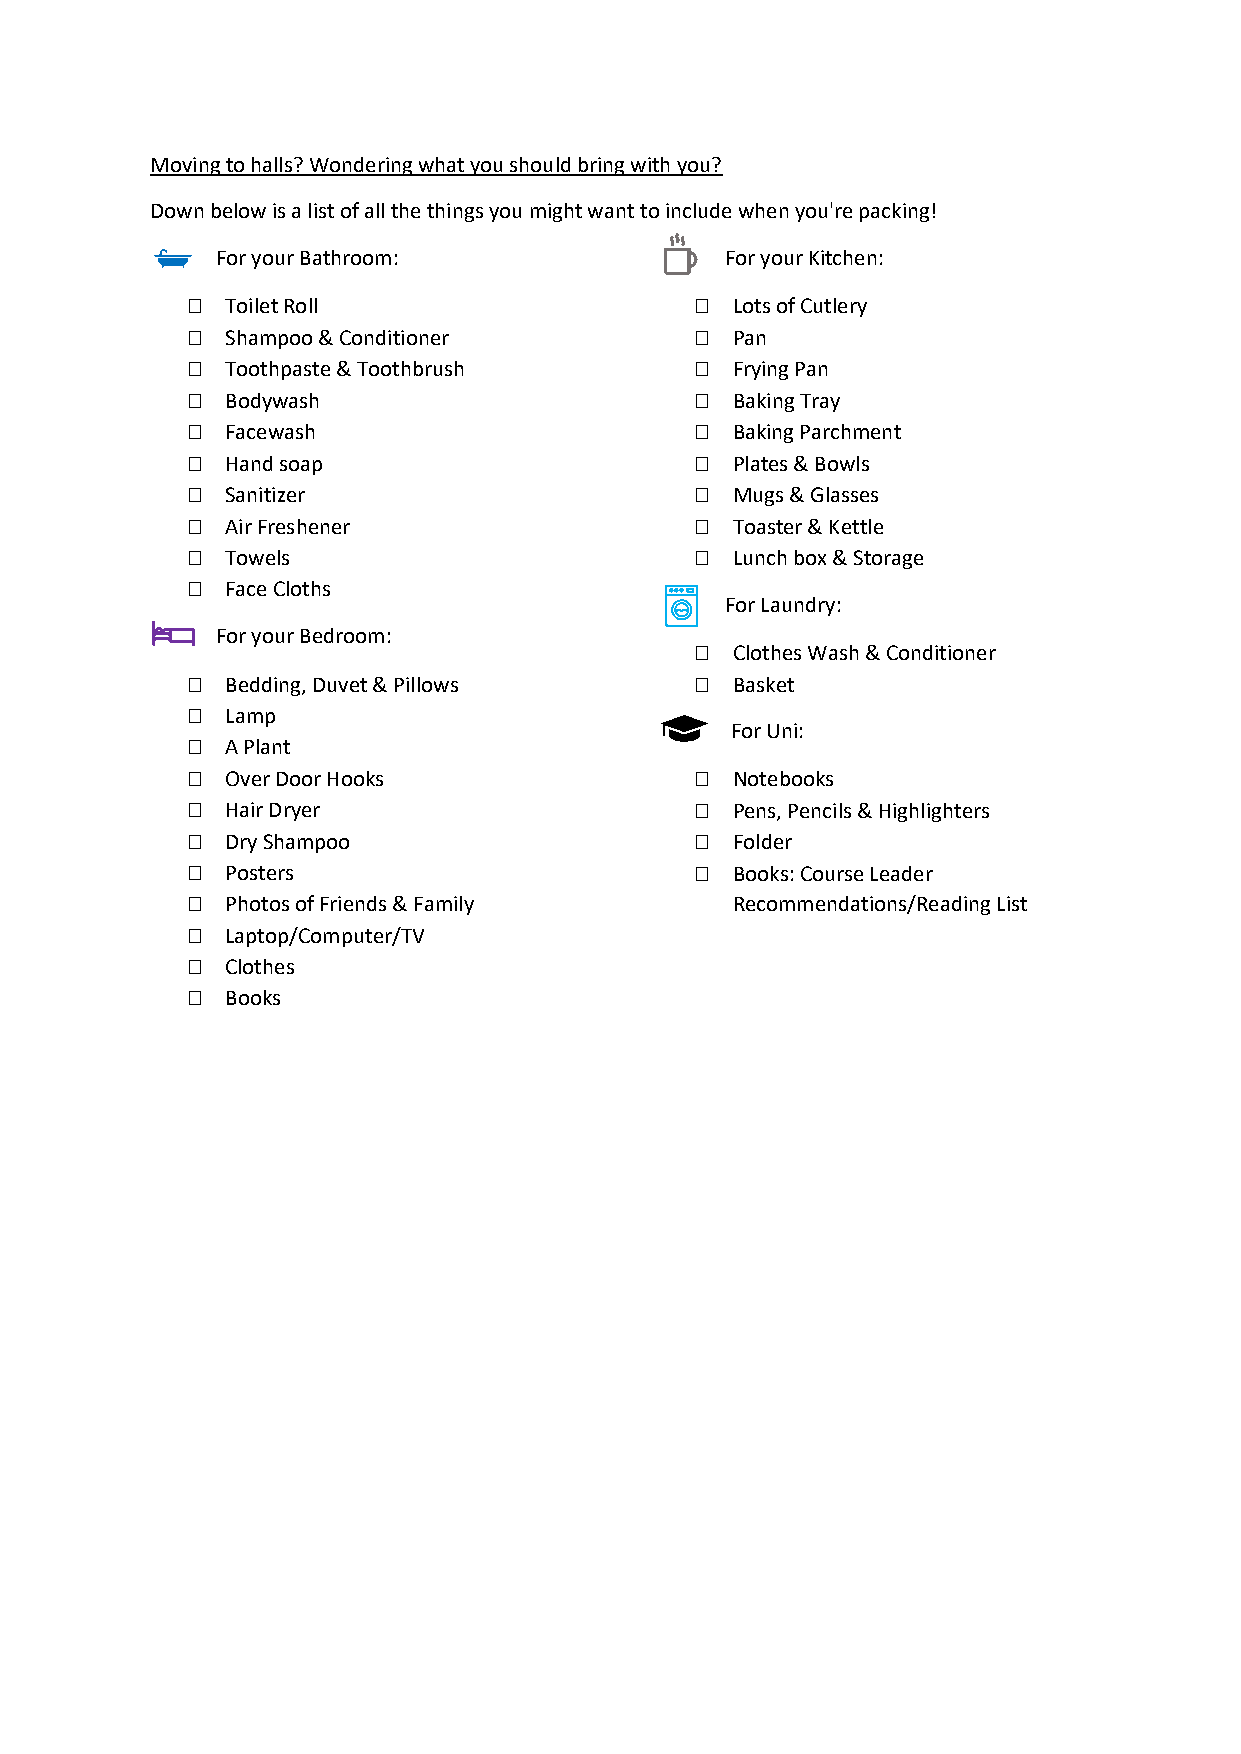
Moving to halls? Wondering what you should bring with you?
 Down below is a list of all the things you might want to include when you're packing!
 For your Bathroom:                For your Kitchen:
   Toilet Roll                     Lots of Cutlery
   Shampoo & Conditioner           Pan
   Toothpaste & Toothbrush         Frying Pan
   Bodywash                        Baking Tray
   Facewash                        Baking Parchment
   Hand soap                       Plates & Bowls
   Sanitizer                       Mugs & Glasses
   Air Freshener                   Toaster & Kettle
   Towels                          Lunch box & Storage
   Face Cloths
 For Laundry:
 For your Bedroom:
  Clothes Wash & Conditioner
   Bedding, Duvet & Pillows        Basket
   Lamp
 For Uni:
   A Plant
   Over Door Hooks                 Notebooks
   Hair Dryer                      Pens, Pencils & Highlighters
   Dry Shampoo                     Folder
   Posters                         Books: Course Leader
   Photos of Friends & Family       Recommendations/Reading List
   Laptop/Computer/TV
   Clothes
   Books